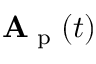
\mathbf { A } _ { \textrm { p } } ( t )